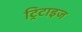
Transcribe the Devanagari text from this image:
ट्रिटाइज